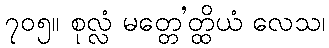
၇၀၅။ စုလ္လံ မတ္တေ’တ္ထိယံ လေသ၊